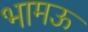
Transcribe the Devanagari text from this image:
भामऊ